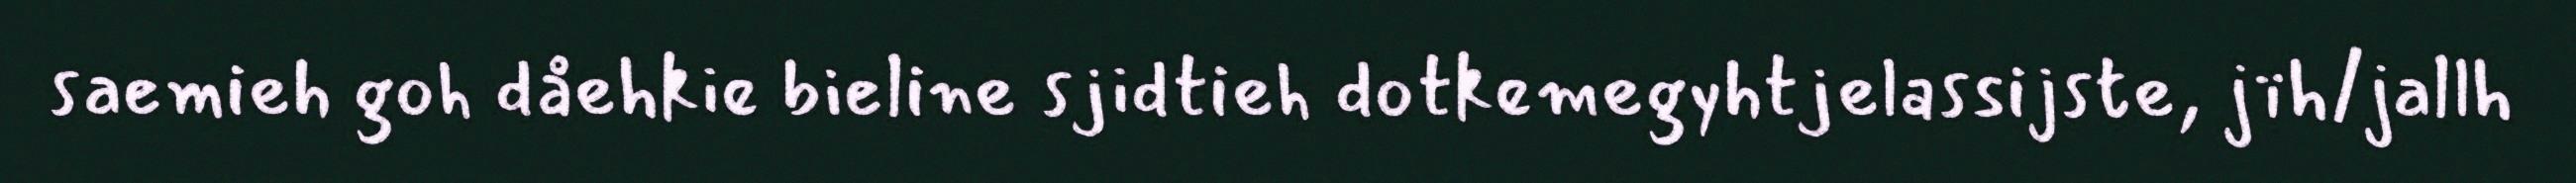
saemieh goh dåehkie bieline sjidtieh dotkemegyhtjelassijste, jïh/jallh